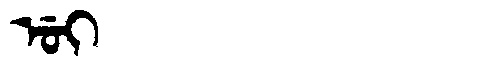
Manchu: ᡠᡳ
Romanization: UI